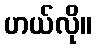
ဟယ်လို။